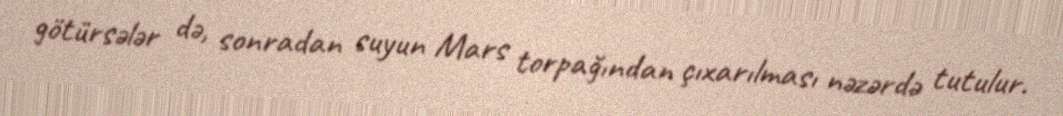
götürsələr də, sonradan suyun Mars torpağından çıxarılması nəzərdə tutulur.